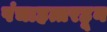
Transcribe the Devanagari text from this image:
पंचाहत्तरहून